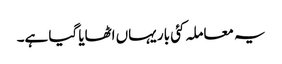
یہ معاملہ کئی بار یہاں اٹھایا گیا ہے۔